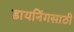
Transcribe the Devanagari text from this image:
डायनिंगसाठी